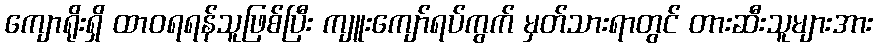
ကျောရိုးရှိ ထာဝရရန်သူဖြစ်ပြီး ကျူးကျော်ရပ်ကွက် မှတ်သားရာတွင် တားဆီးသူများအား